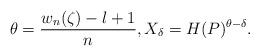
LaTeX: \begin{align*} \theta= \frac{w_{n}(\zeta)-l+1}{n}, X_{\delta}= H(P)^{\theta-\delta}.\end{align*}